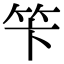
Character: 笇